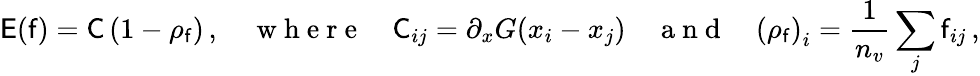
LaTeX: \mathsf{E}(\mathsf{f})=\mathsf{C}\left(\mathrm{1}-\rho_{\mathsf{f}}\right)\, ,\quad\mathrm{~w~h~e~r~e~}\quad\mathsf{C}_{ij}=\partial_{x}G(x_{i}-x_{j})\quad\mathrm{~a~n~d~}\quad\left(\rho_{\mathsf{f}}\right)_{i}=\frac{1}{n_{v}}\sum_{j}\mathsf{f}_{ij}\, ,